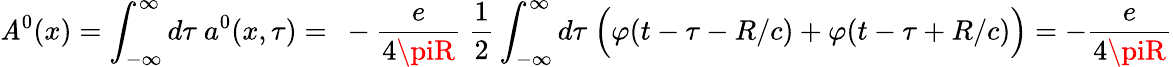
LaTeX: \mathit{A}^{0}(x)=\int_{-\infty}^{\infty}d\tau\ a^{0}(x,\tau)=\ -\frac{{e}}{{4\piR}}\ \frac{1}{2}\int_{-\infty}^{\infty}d\tau\ \Bigl(\varphi(t-\tau-R/c)+\varphi(t-\tau+R/c)\Bigr)=-\frac{{e}}{{4\piR}}